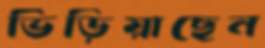
ভিড়িয়াছেন